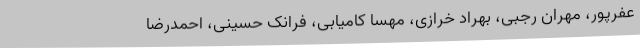
عفرپور، مهران رجبی، بهراد خرازی، مهسا کامیابی، فرانک حسینی، احمدرضا